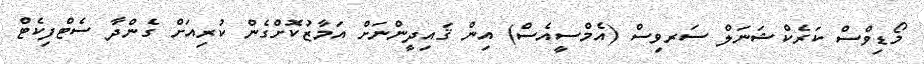
މޯޑިވްސް ކަރެކްޝަނަލް ސަރވިސް (އެމްސީއެސް) އިން ޤައިދީންނަށް އަމާޒުކޮށްގެން ކުރިއަށް ގެންދާ ސެޓްފިކެޓް